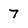
Character: 7